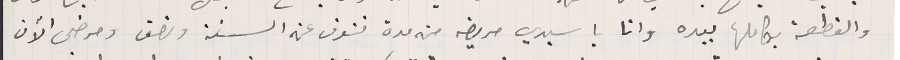
والقطعة بكاملها بيده وانا يا سيدي مريض من مدة تنوف عن السنة ونصف ومرضى الآن